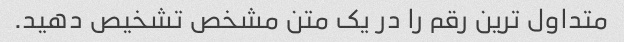
متداول ترین رقم را در یک متن مشخص تشخیص دهید.